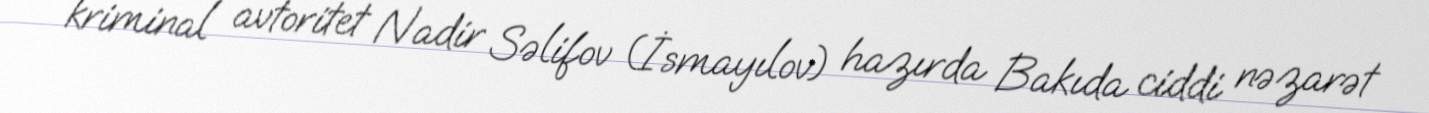
kriminal avtoritet Nadir Səlifov (İsmayılov) hazırda Bakıda ciddi nəzarət